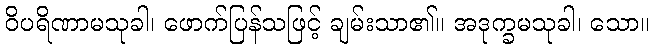
ဝိပရိဏာမသုခါ၊ ဖောက်ပြန်သဖြင့် ချမ်းသာ၏။ အဒုက္ခမသုခါ၊ သော။